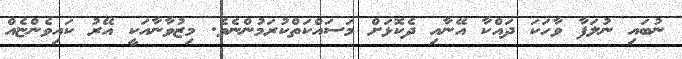
ނުބައި ނުލަފާ ވާހަކަ ދައްކާ އޭނާއި ދެކޮޅަށް މަސައްކަތްކުރަމުންނެވެ. މިޒުވާނާއަކީ އޭރު ކައިވެންޏެއް